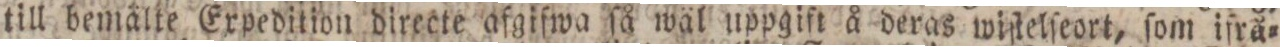
till bemålte Expedition directe afgifwa ſå wäl uppgift å deras wiſtelſeort, ſom ifrä=